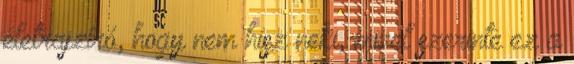
életrajzíró, hogy nem hisz neki, mivel szerinte ez a